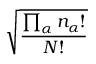
\sqrt { \frac { \prod _ { \alpha } n _ { \alpha } ! } { N ! } }